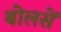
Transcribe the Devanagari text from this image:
बोलसें